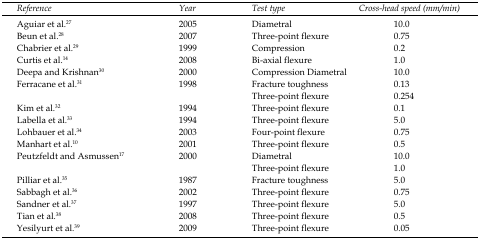
<table><thead><tr><td><b><i>Reference</i></b></td><td><b><i>Year</i></b></td><td><b><i>Test type</i></b></td><td><b><i>Cross-head speed (mm/min)</i></b></td></tr></thead><tbody><tr><td>Aguiar et al.<sup>27</sup></td><td>2005</td><td>Diametral</td><td>10.0</td></tr><tr><td>Beun et al.<sup>28</sup></td><td>2007</td><td>Three-point flexure</td><td>0.75</td></tr><tr><td>Chabrier et al.<sup>29</sup></td><td>1999</td><td>Compression</td><td>0.2</td></tr><tr><td>Curtis et al.<sup>14</sup></td><td>2008</td><td>Bi-axial flexure</td><td>1.0</td></tr><tr><td>Deepa and Krishnan<sup>30</sup></td><td>2000</td><td>CompressionDiametral</td><td>10.0</td></tr><tr><td>Ferracane et al.<sup>31</sup></td><td>1998</td><td>Fracture toughnessThree-point flexure</td><td>0.130.254</td></tr><tr><td>Kim et al.<sup>32</sup></td><td>1994</td><td>Three-point flexure </td><td>0.1</td></tr><tr><td>Labella et al.<sup>33</sup></td><td>1994</td><td>Three-point flexure</td><td>5.0</td></tr><tr><td>Lohbauer et al.<sup>34</sup></td><td>2003</td><td>Four-point flexure</td><td>0.75</td></tr><tr><td>Manhart et al.<sup>10</sup></td><td>2001</td><td>Three-point flexure</td><td>0.5</td></tr><tr><td>Peutzfeldt and Asmussen<sup>17</sup></td><td>2000</td><td>DiametralThree-point flexure</td><td>10.01.0</td></tr><tr><td>Pilliar et al.<sup>35</sup></td><td>1987</td><td>Fracture toughness</td><td>5.0</td></tr><tr><td>Sabbagh et al.<sup>36</sup></td><td>2002</td><td>Three-point flexure</td><td>0.75</td></tr><tr><td>Sandner et al.<sup>37</sup></td><td>1997</td><td>Three-point flexure</td><td>5.0</td></tr><tr><td>Tian et al.<sup>38</sup></td><td>2008</td><td>Three-point flexure</td><td>0.5</td></tr><tr><td>Yesilyurt et al.<sup>39</sup></td><td>2009</td><td>Three-point flexure</td><td>0.05</td></tr></tbody></table>